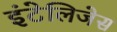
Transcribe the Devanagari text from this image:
इंटेलिजेस